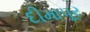
દીમાપૂર